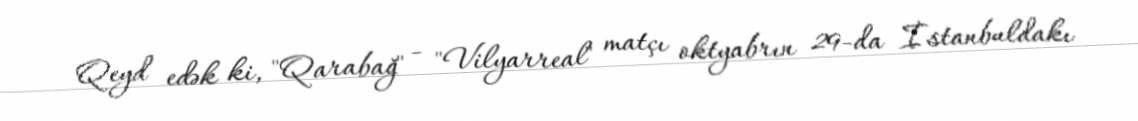
Qeyd edək ki, "Qarabağ" - "Vilyarreal" matçı oktyabrın 29-da İstanbuldakı